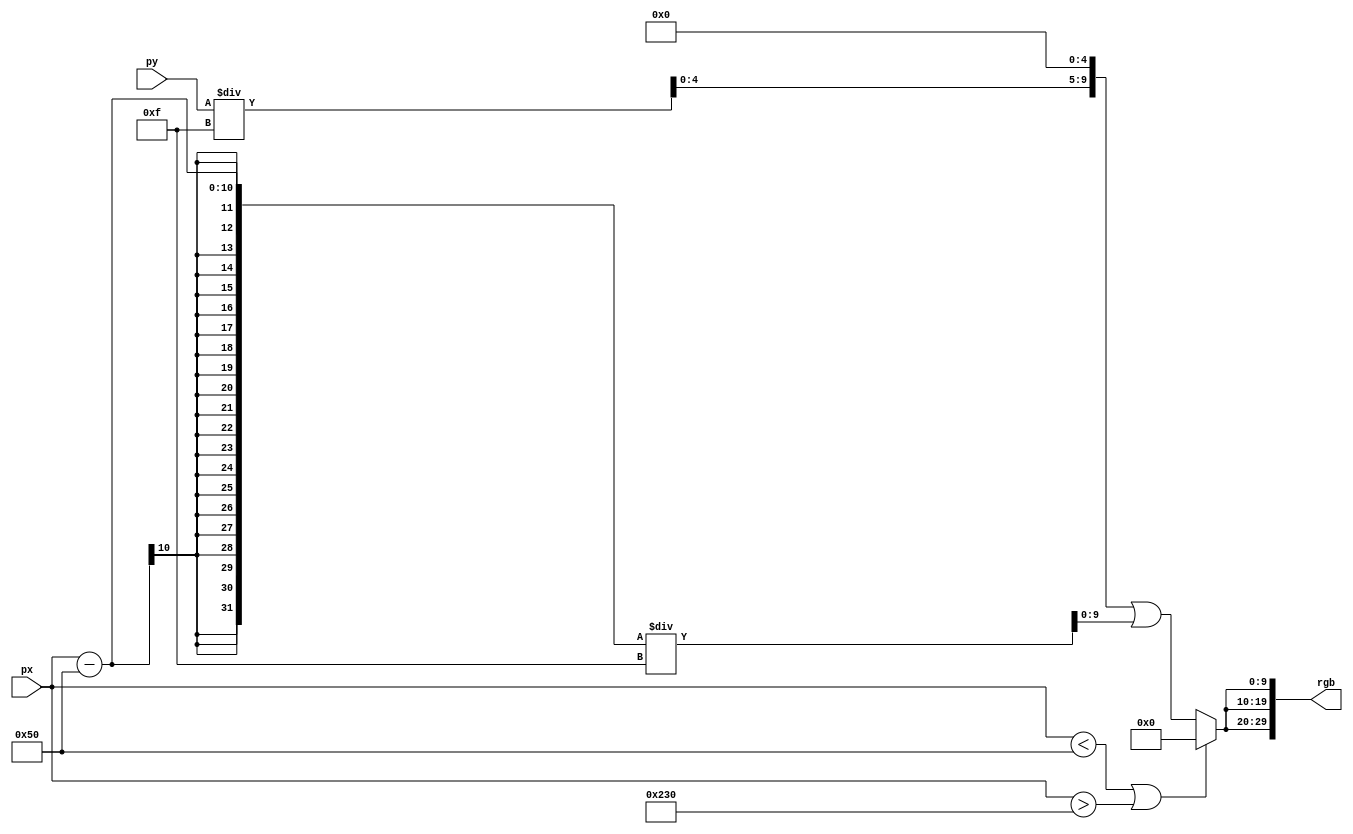
module grayscale(input [9:0] px, input [9:0] py, output [29:0] rgb);

wire [9:0] gray = (px<80 || px>560? 10'h000:
    (py/15)<<5 | (px-80)/15);
assign rgb = {gray, gray, gray};

endmodule